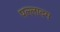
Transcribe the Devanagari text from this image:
पल्लादम